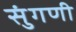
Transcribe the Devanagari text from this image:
सुंगणी